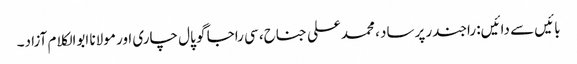
بائیں سے دائیں: راجندر پرساد ، محمدعلی جناح، سی راجا گو پال چاری اور مولانا ابوالکلام آزاد۔